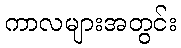
ကာလများအတွင်း